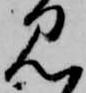
見